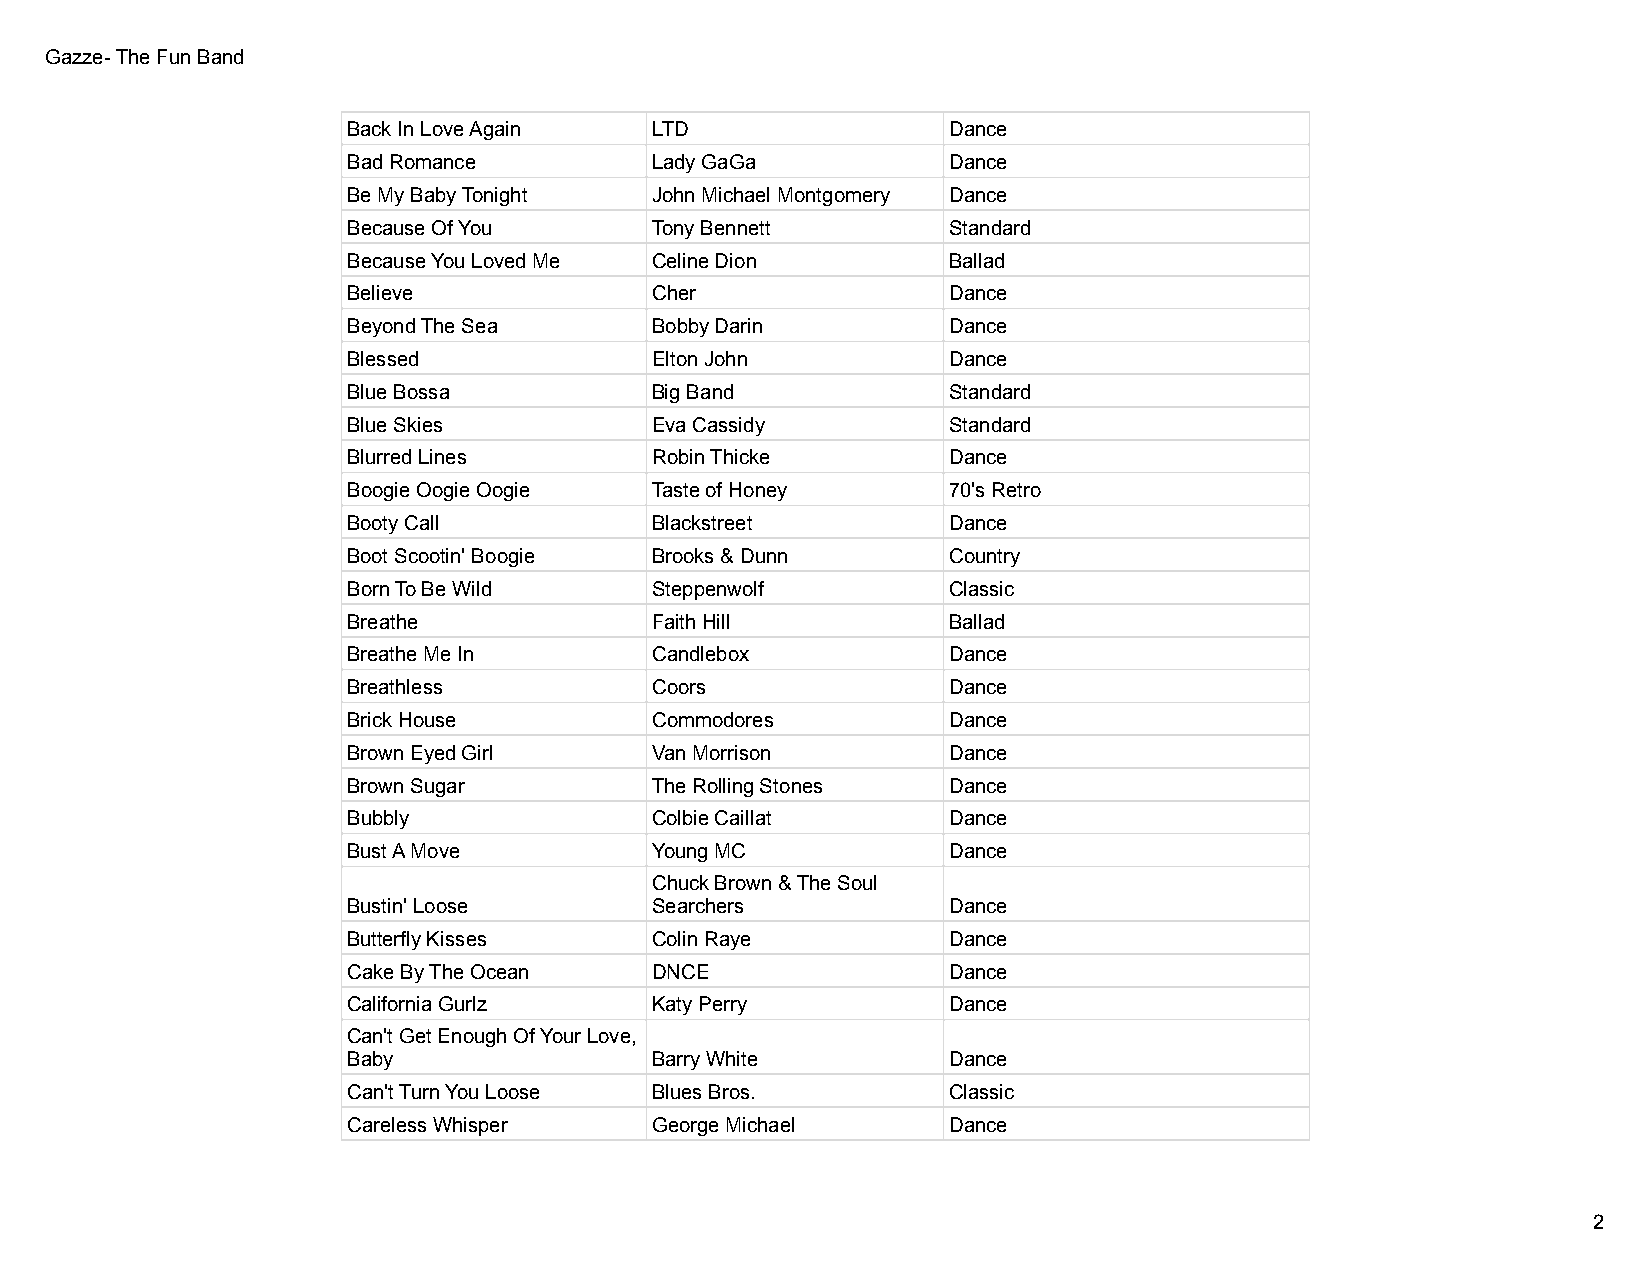
Gazze- The Fun Band
 Back In Love Again  LTD                 Dance
 Bad Romance         Lady GaGa           Dance
 Be My Baby Tonight  John Michael Montgomery Dance
 Because Of You      Tony Bennett        Standard
 Because You Loved Me Celine Dion        Ballad
 Believe             Cher                Dance
 Beyond The Sea      Bobby Darin         Dance
 Blessed             Elton John          Dance
 Blue Bossa          Big Band            Standard
 Blue Skies          Eva Cassidy         Standard
 Blurred Lines       Robin Thicke        Dance
 Boogie Oogie Oogie  Taste of Honey      70's Retro
 Booty Call          Blackstreet         Dance
 Boot Scootin' Boogie Brooks & Dunn      Country
 Born To Be Wild     Steppenwolf         Classic
 Breathe             Faith Hill          Ballad
 Breathe Me In       Candlebox           Dance
 Breathless          Coors               Dance
 Brick House         Commodores          Dance
 Brown Eyed Girl     Van Morrison        Dance
 Brown Sugar         The Rolling Stones  Dance
 Bubbly              Colbie Caillat      Dance
 Bust A Move         Young MC            Dance
 Chuck Brown & The Soul
 Bustin' Loose       Searchers           Dance
 Butterfly Kisses    Colin Raye          Dance
 Cake By The Ocean   DNCE                Dance
 California Gurlz    Katy Perry          Dance
 Can't Get Enough Of Your Love,
 Baby                Barry White         Dance
 Can't Turn You Loose Blues Bros.        Classic
 Careless Whisper    George Michael      Dance
 2